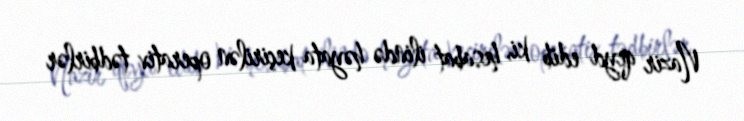
Nazir qeyd edib ki, hesabat ilində həyata keçirilən operativ tədbirlər